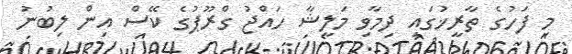
މި ފަހުގެ ތާރީޚުގައި ދިމާވި މަލީޝާ ހައްޖު ގްރޫޕުގެ ކޭސް އިން ލިބުނު